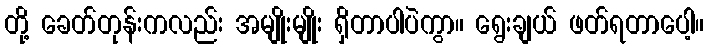
တို့ ခေတ်တုန်းကလည်း အမျိုးမျိုး ရှိတာပါပဲကွာ။ ရွေးချယ် ဖတ်ရတာပေါ့။